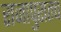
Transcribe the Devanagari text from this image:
राजापुरातच